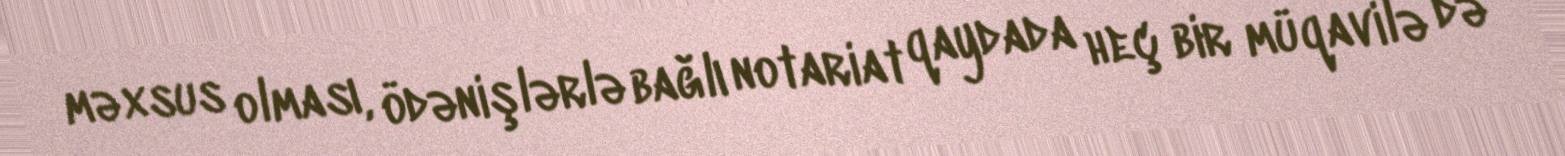
məxsus olması, ödənişlərlə bağlı notariat qaydada heç bir müqavilə də